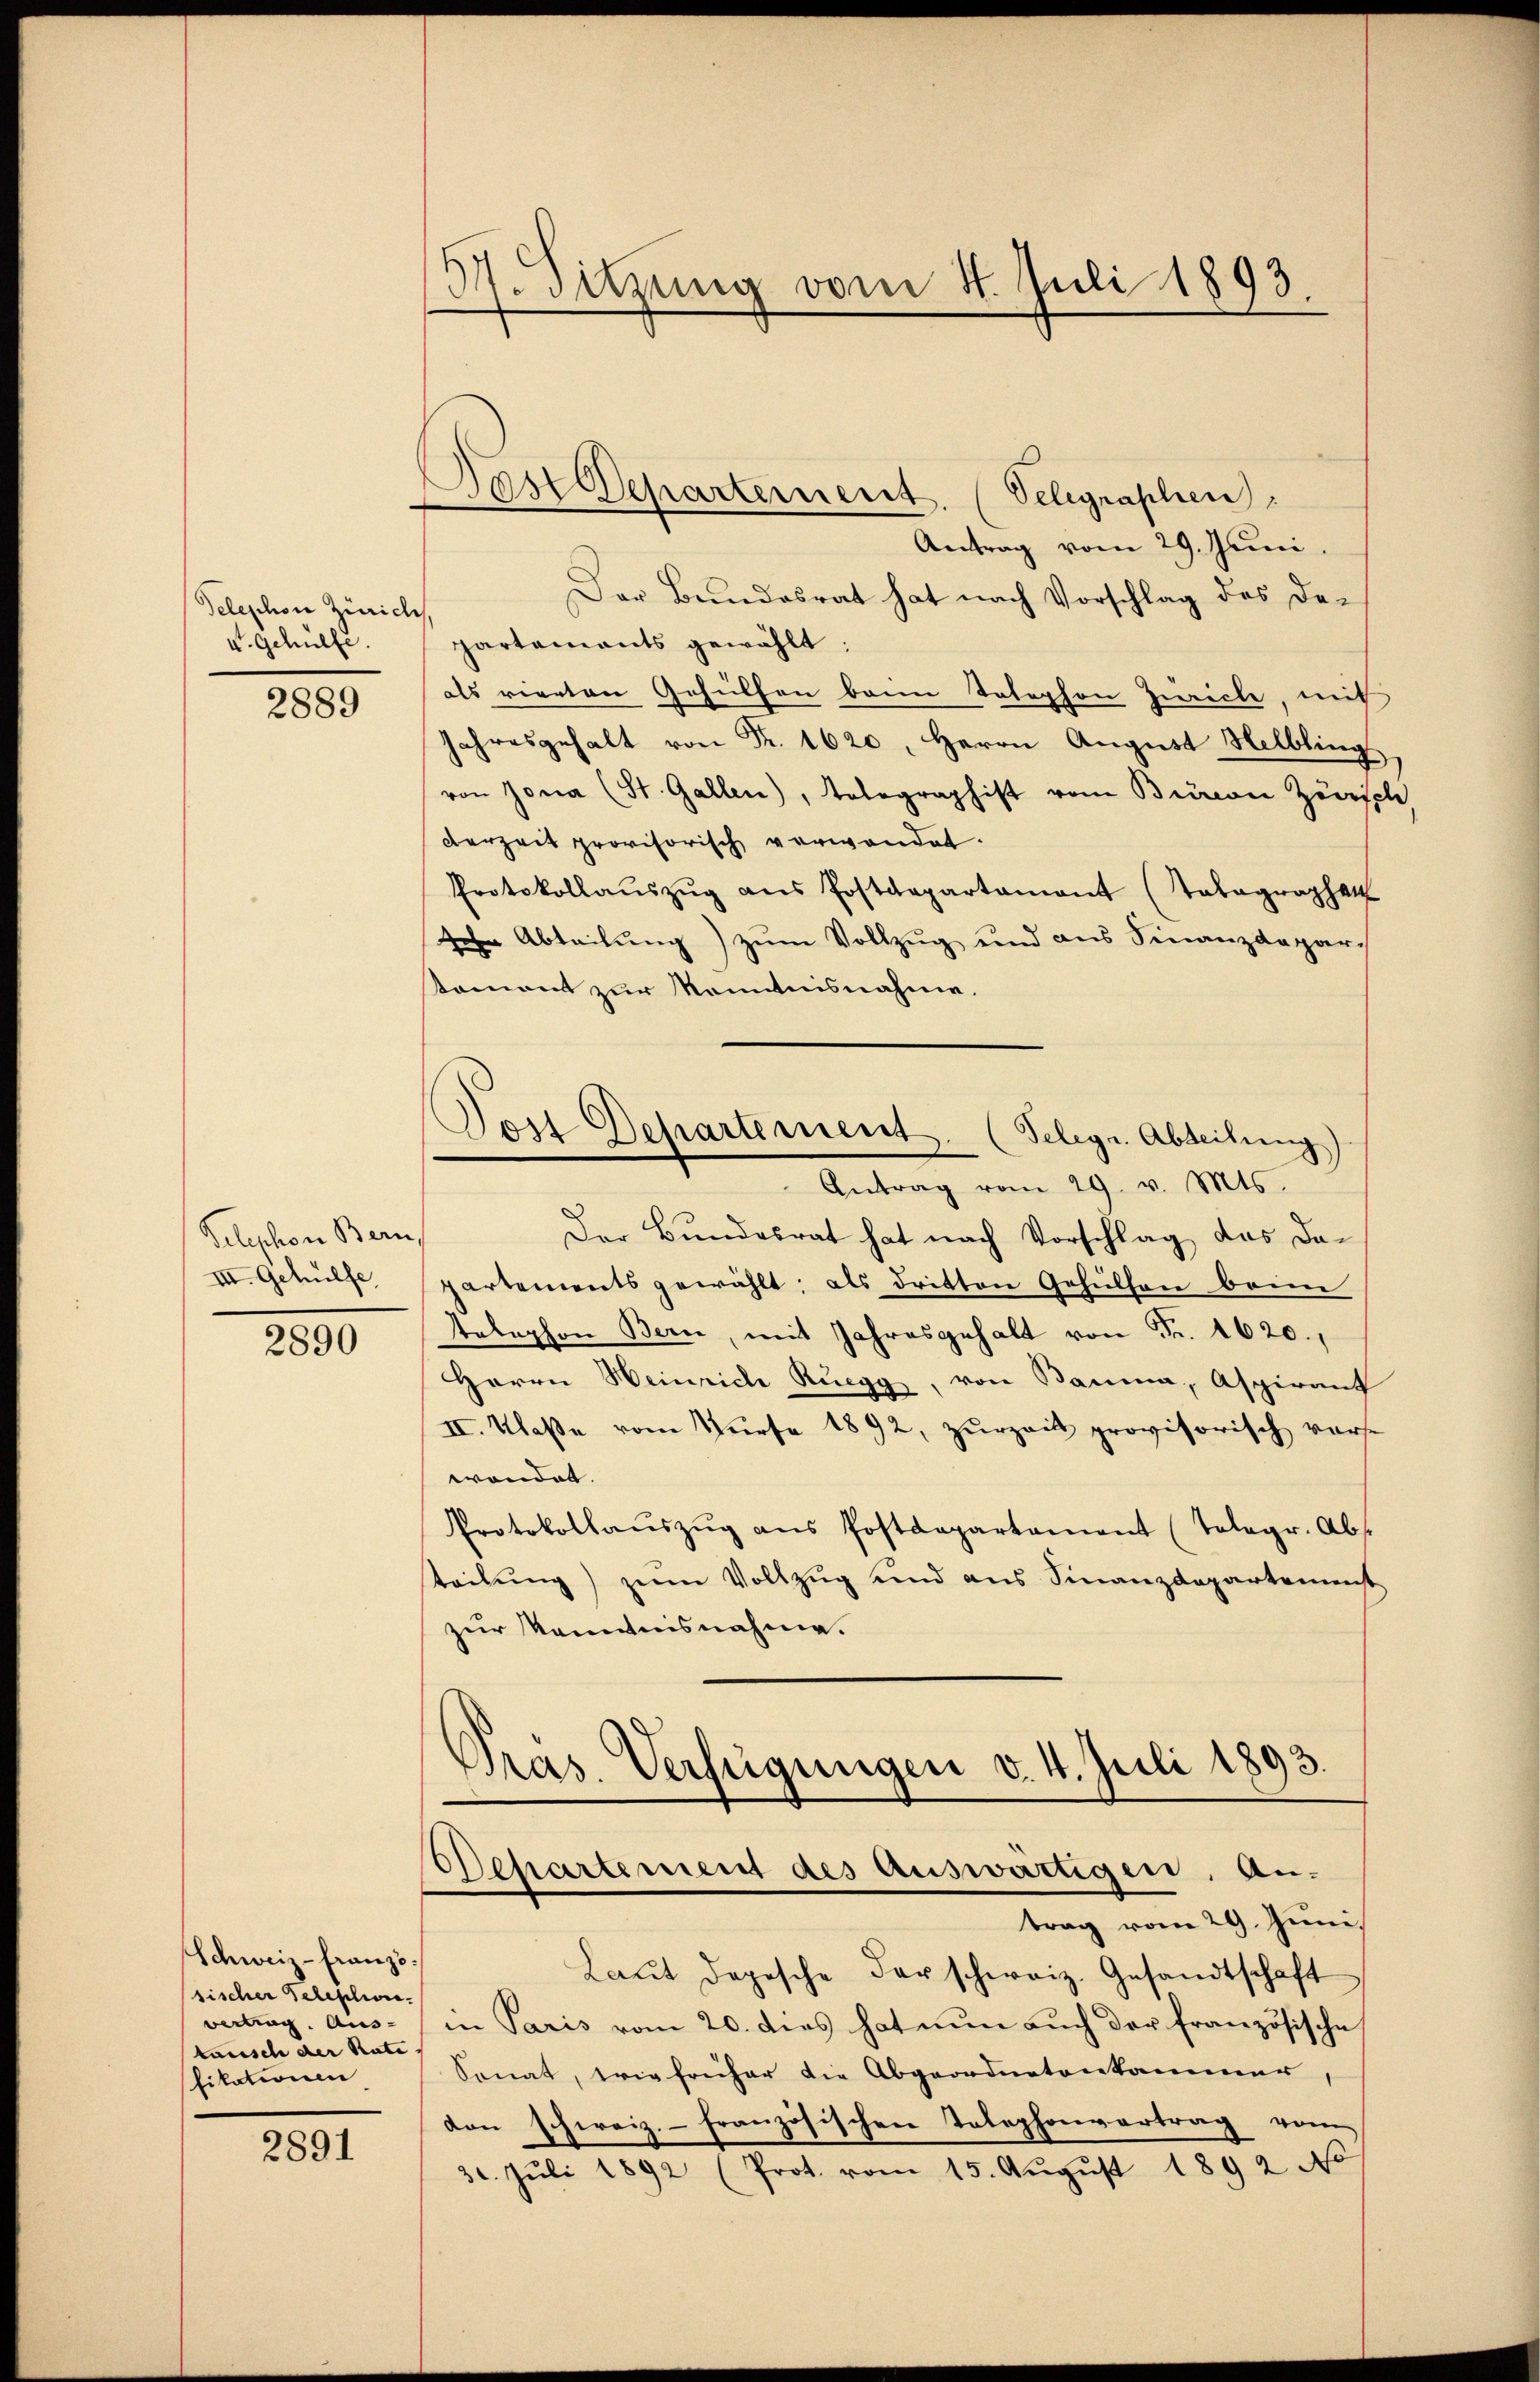
Teleschon Zürich
V. Gehülfe.

2889

Telephon Bern,
III. Gehülfe

2890

Schweiz - Franzö
sischer Telephon-
vertrag. Aus- |
tarisch der Rate
fikationen

2891

37. Sitzung vom 4. Juli 1893

Postdepartement. (Velegraphien

Antrag vom 29. Juni.
Der Bundesrat hat nach Vorschlag des Departaments gewählt:
als vierten Gehülfen beim Telephon Zürich, mit
Jahresgehalt von Fr. 1620, Herrn August Helbling
von Jona (St. Gallen), Telegraphist vom Bieren Zerspl
derzeit provisorisch verwendet.
Protokollaŭszŭg ans Postdepartament (Tabagraphat
 Abteilung) zum Vollzug und aus Finanzdepar-
koment zur Kenntnisnahme.
Tost Departement. (Telegr. Abteilung
Antrag vom 29. v. Mts.
Der Bundesrat hat nach Vorschlag das dapartements gewählt; als dritten Gehülfen beim
telephon Bern, mit Jahresgehalt von Fr. 1620.
Herrn Heinrich Ruegg, von Bauma, Aspirant
II. Klaße vom Surse 1892, zurzeit provisorisch verse
wendet.
Protokollaŭszŭg ans Postdepartement (Tologr. Abs.
teilung) zum Vollzug und aus Finanzdepartement
zur Kenntnisnahme.
Präs. Verfügungen v. 4. Juli 1893.

Departement des Auswärtigen, An-
trag vom 29. Juni

Laŭt Depesche der schweiz. Gesandtschaft
in Paris vom 20. dies hat nun auch der französische
Senat, wie früher die Abgeordnetenkammer,
don schweiz.- Französischen Telephonvertrag vom
30. Jŭli 1892 (Prot. vom 15. Aŭgŭst 1892 No